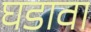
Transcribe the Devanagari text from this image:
घडावा